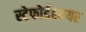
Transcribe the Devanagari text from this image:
स्टेफोर्डशायर